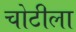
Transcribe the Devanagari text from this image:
चोटीला